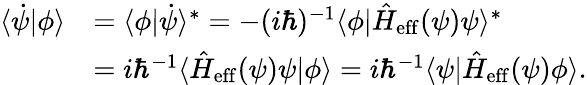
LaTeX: \begin{array}{rl}{\langle\dot{\psi}|\phi\rangle}&{=\langle\phi|\dot{\psi}\rangle^{\ast}=-(i\hbar)^{-1}\langle\phi|\hat{H}_{\mathrm{eff}}(\psi)\psi\rangle^{\ast}}\\ &{=i\hbar^{-1}\langle\hat{H}_{\mathrm{eff}}(\psi)\psi|\phi\rangle=i\hbar^{-1}\langle\psi|\hat{H}_{\mathrm{eff}}(\psi)\phi\rangle.}\end{array}